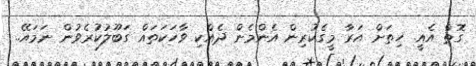
ގޮތް އެއީ. ހިތަށް އަރާ މީގެކުރިން އެންމެން ދެއްކި ވާހަކަތައް ގަބޫލުކުރެވުން ނަމައޭ..